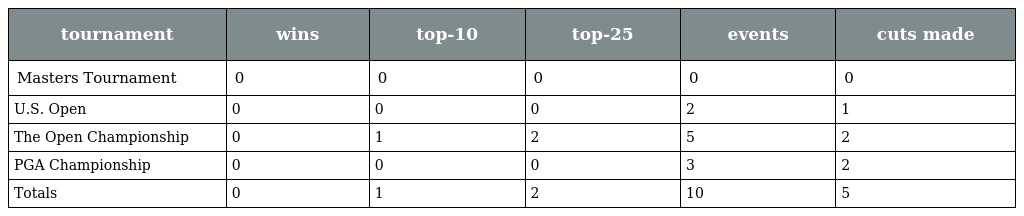
| tournament | wins | top-10 | top-25 | events | cuts made |
 | --- | --- | --- | --- | --- | --- |
 | Masters Tournament | 0 | 0 | 0 | 0 | 0 |
 | U.S. Open | 0 | 0 | 0 | 2 | 1 |
 | The Open Championship | 0 | 1 | 2 | 5 | 2 |
 | PGA Championship | 0 | 0 | 0 | 3 | 2 |
 | Totals | 0 | 1 | 2 | 10 | 5 |